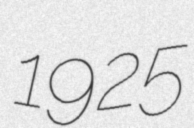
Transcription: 1925